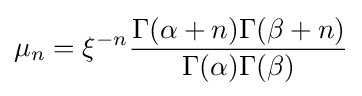
\mu _{n}=\xi ^{-n}{\frac {\Gamma (\alpha +n)\Gamma (\beta +n)}{\Gamma (\alpha )\Gamma (\beta )}}